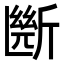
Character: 㫁